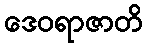
ဒေဝရာဇာတိ